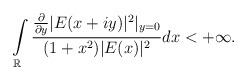
LaTeX: \begin{align*} \int\limits_{\mathbb R} \displaystyle\frac{\frac{\partial}{\partial y} |E(x+iy)|^2|_{y=0}}{(1+x^2)|E(x)|^{2}} dx <+\infty.\end{align*}